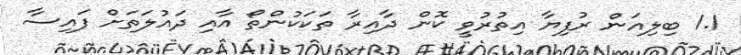
1.1 ބިލިއަން ރުފިޔާ އިތުރުވީ ކޮން ދާއިރާ ތަކަކުންތޯ އާއި ދައުލަތަށް ފައިސާ